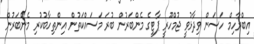
އިބްރާހިމް ހަސަން ވިދާޅުވީ ޖުމްހޫރީ ޕާޓީގެ މެންބަރުން ބުރަ މަސައްކަތުން އިންތިހާބުކުރި މެންބަރުން